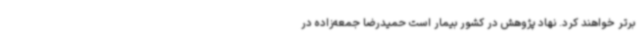
برتر خواهند کرد. نهاد پژوهش در کشور بیمار است حمیدرضا جمعه‌زاده در